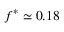
f ^ { \ast } \simeq 0 . 1 8